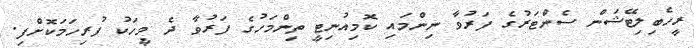
ރީހެބިލިޓޭޝަން ސެންޓަރުގެ ފަރުވާ ނިންމައި ކޮމިއުނިޓީ ތިންމަހުގެ ފަރުވާ ދެ މީހަކު ފުރިހަމަކޮށްފި.